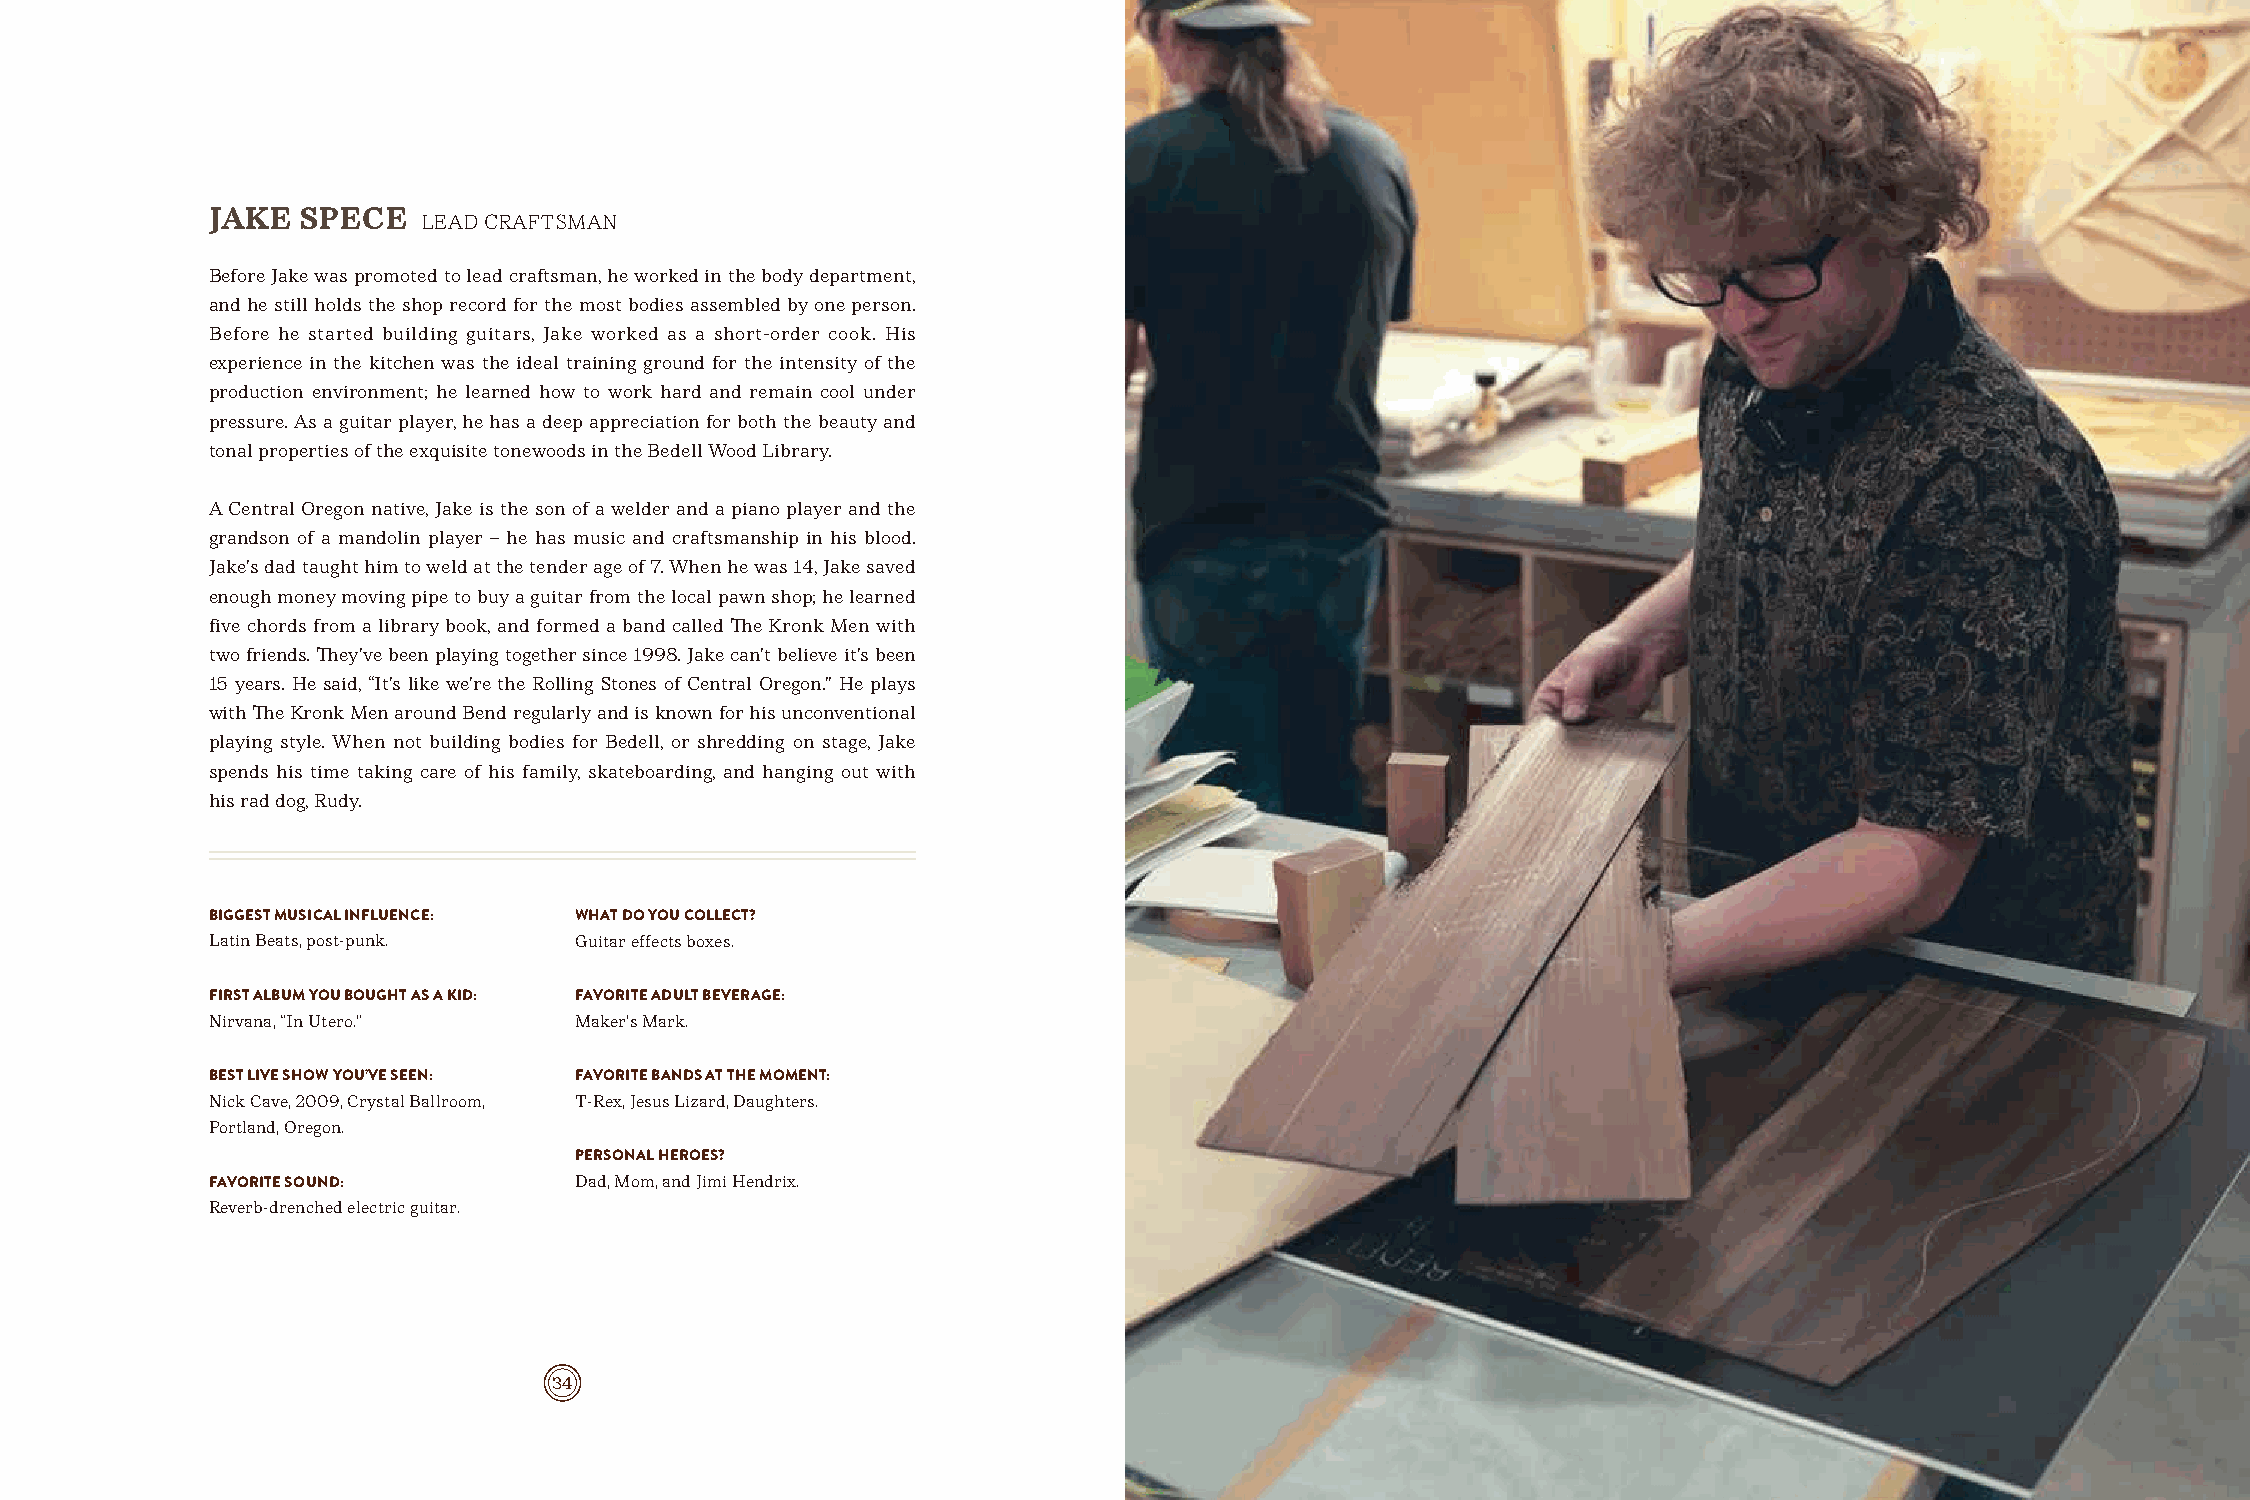
JAKE  SPECE
 LEAD CRAFTSMAN
 Before Jake was promoted to lead craftsman, he worked in the body department,
 and he still holds the shop record for the most bodies assembled by one person.
 Before he started building guitars, Jake worked as a short-order cook. His
 experience in the kitchen was the ideal training ground for the intensity of the
 production environment; he learned how to work hard and remain cool under
 pressure. As a guitar player, he has a deep appreciation for both the beauty and
 tonal properties of the exquisite tonewoods in the Bedell Wood Library.
 A Central Oregon native, Jake is the son of a welder and a piano player and the
 grandson of a mandolin player – he has music and craftsmanship in his blood.
 Jake’s dad taught him to weld at the tender age of 7. When he was 14, Jake saved
 enough money moving pipe to buy a guitar from the local pawn shop; he learned
 five chords from a library book, and formed a band called The Kronk Men with
 two friends. They’ve been playing together since 1998. Jake can’t believe it’s been
 15 years. He said, “It’s like we’re the Rolling Stones of Central Oregon.” He plays
 with The Kronk Men around Bend regularly and is known for his unconventional
 playing style. When not building bodies for Bedell, or shredding on stage, Jake
 spends his time taking care of his family, skateboarding, and hanging out with
 his rad dog, Rudy.
 BIGGEST MUSICAL INFLUENCE: WHAT DO YOU COLLECT?
 Latin Beats, post-punk. Guitar effects boxes.
 FIRST ALBUM YOU BOUGHT AS A KID: FAVORITE ADULT BEVERAGE:
 Nirvana, “In Utero.”    Maker’s Mark.
 BEST LIVE SHOW YOU’VE SEEN: FAVORITE BANDS AT THE MOMENT:
 Nick Cave, 2009, Crystal Ballroom, T-Rex, Jesus Lizard, Daughters.
 Portland, Oregon.
 PERSONAL HEROES?
 FAVORITE SOUND:         Dad, Mom, and Jimi Hendrix.
 Reverb-drenched electric guitar.
 34                                                                        35